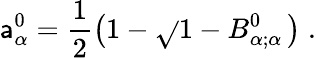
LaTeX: \mathsf{a}_{\alpha}^{0}=\frac{{1}}{{2}}\left(1-\sqrt{}{{1-B_{\alpha;\alpha}^{0}}}\, \right)\; .